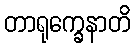
တာရုက္ခေနာတိ